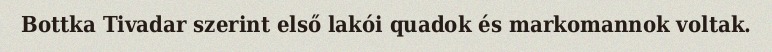
Bottka Tivadar szerint első lakói quadok és markomannok voltak.